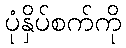
ပုံနှိပ်စက်ကို